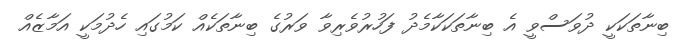
ބިނާތަކަކީ ދުވަސްވީ އެ ބިނާތަކަކާމެދު ފަހުރުވެރިވާ ވަރުގެ ބިނާތަކެއް ކަމުގައި ހެދުމަކީ އަމާޒެއް